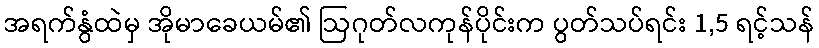
အရက်နွံထဲမှ အိုမာခေယမ်၏ ဩဂုတ်လကုန်ပိုင်းက ပွတ်သပ်ရင်း 1,5 ရင့်သန်